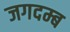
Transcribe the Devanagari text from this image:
जगदम्ब